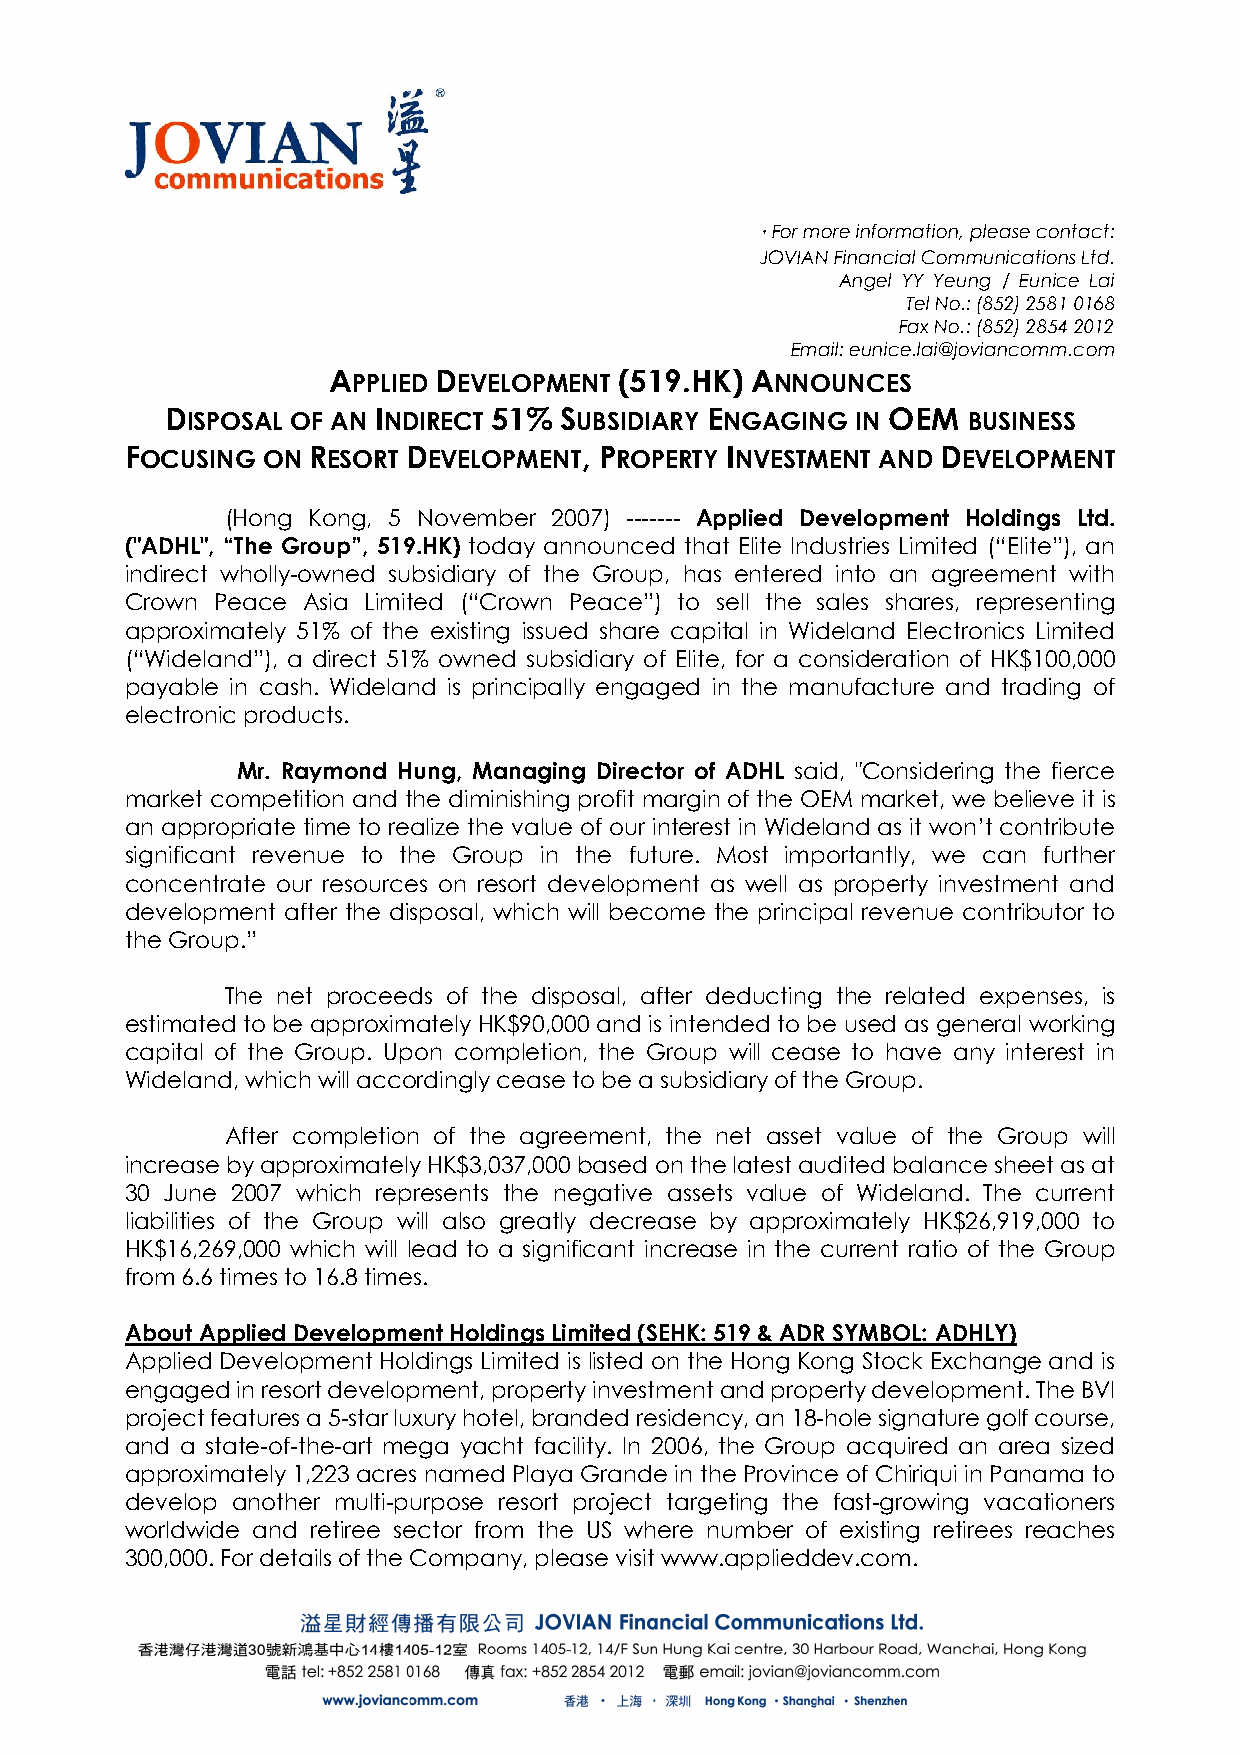
，For more information, please contact:
 JOVIAN Financial Communications Ltd.
 Angel YY Yeung / Eunice Lai
 Tel No.: (852) 2581 0168
 Fax No.: (852) 2854 2012
 Email: eunice.lai@joviancomm.com
 APPLIED DEVELOPMENT (519.HK) ANNOUNCES
 DISPOSAL OF AN INDIRECT 51% SUBSIDIARY ENGAGING IN OEM BUSINESS
 FOCUSING ON RESORT DEVELOPMENT, PROPERTY INVESTMENT AND DEVELOPMENT
 (Hong Kong, 5 November 2007) ------- Applied Development Holdings Ltd.
 ("ADHL", “The Group”, 519.HK) today announced that Elite Industries Limited (“Elite”), an
 indirect wholly-owned subsidiary of the Group, has entered into an agreement with
 Crown Peace Asia Limited (“Crown Peace”) to sell the sales shares, representing
 approximately 51% of the existing issued share capital in Wideland Electronics Limited
 (“Wideland”), a direct 51% owned subsidiary of Elite, for a consideration of HK$100,000
 payable in cash. Wideland is principally engaged in the manufacture and trading of
 electronic products.
 Mr. Raymond Hung, Managing Director of ADHL said, "Considering the fierce
 market competition and the diminishing profit margin of the OEM market, we believe it is
 an appropriate time to realize the value of our interest in Wideland as it won’t contribute
 significant revenue to the Group in the future. Most importantly, we can further
 concentrate our resources on resort development as well as property investment and
 development after the disposal, which will become the principal revenue contributor to
 the Group.”
 The net proceeds of the disposal, after deducting the related expenses, is
 estimated to be approximately HK$90,000 and is intended to be used as general working
 capital of the Group. Upon completion, the Group will cease to have any interest in
 Wideland, which will accordingly cease to be a subsidiary of the Group.
 After completion of the agreement, the net asset value of the Group will
 increase by approximately HK$3,037,000 based on the latest audited balance sheet as at
 30 June 2007 which represents the negative assets value of Wideland. The current
 liabilities of the Group will also greatly decrease by approximately HK$26,919,000 to
 HK$16,269,000 which will lead to a significant increase in the current ratio of the Group
 from 6.6 times to 16.8 times.
 About Applied Development Holdings Limited (SEHK: 519 & ADR SYMBOL: ADHLY)
 Applied Development Holdings Limited is listed on the Hong Kong Stock Exchange and is
 engaged in resort development, property investment and property development. The BVI
 project features a 5-star luxury hotel, branded residency, an 18-hole signature golf course,
 and a state-of-the-art mega yacht facility. In 2006, the Group acquired an area sized
 approximately 1,223 acres named Playa Grande in the Province of Chiriqui in Panama to
 develop another multi-purpose resort project targeting the fast-growing vacationers
 worldwide and retiree sector from the US where number of existing retirees reaches
 300,000. For details of the Company, please visit www.applieddev.com.